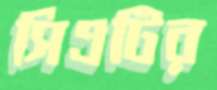
সিএটির